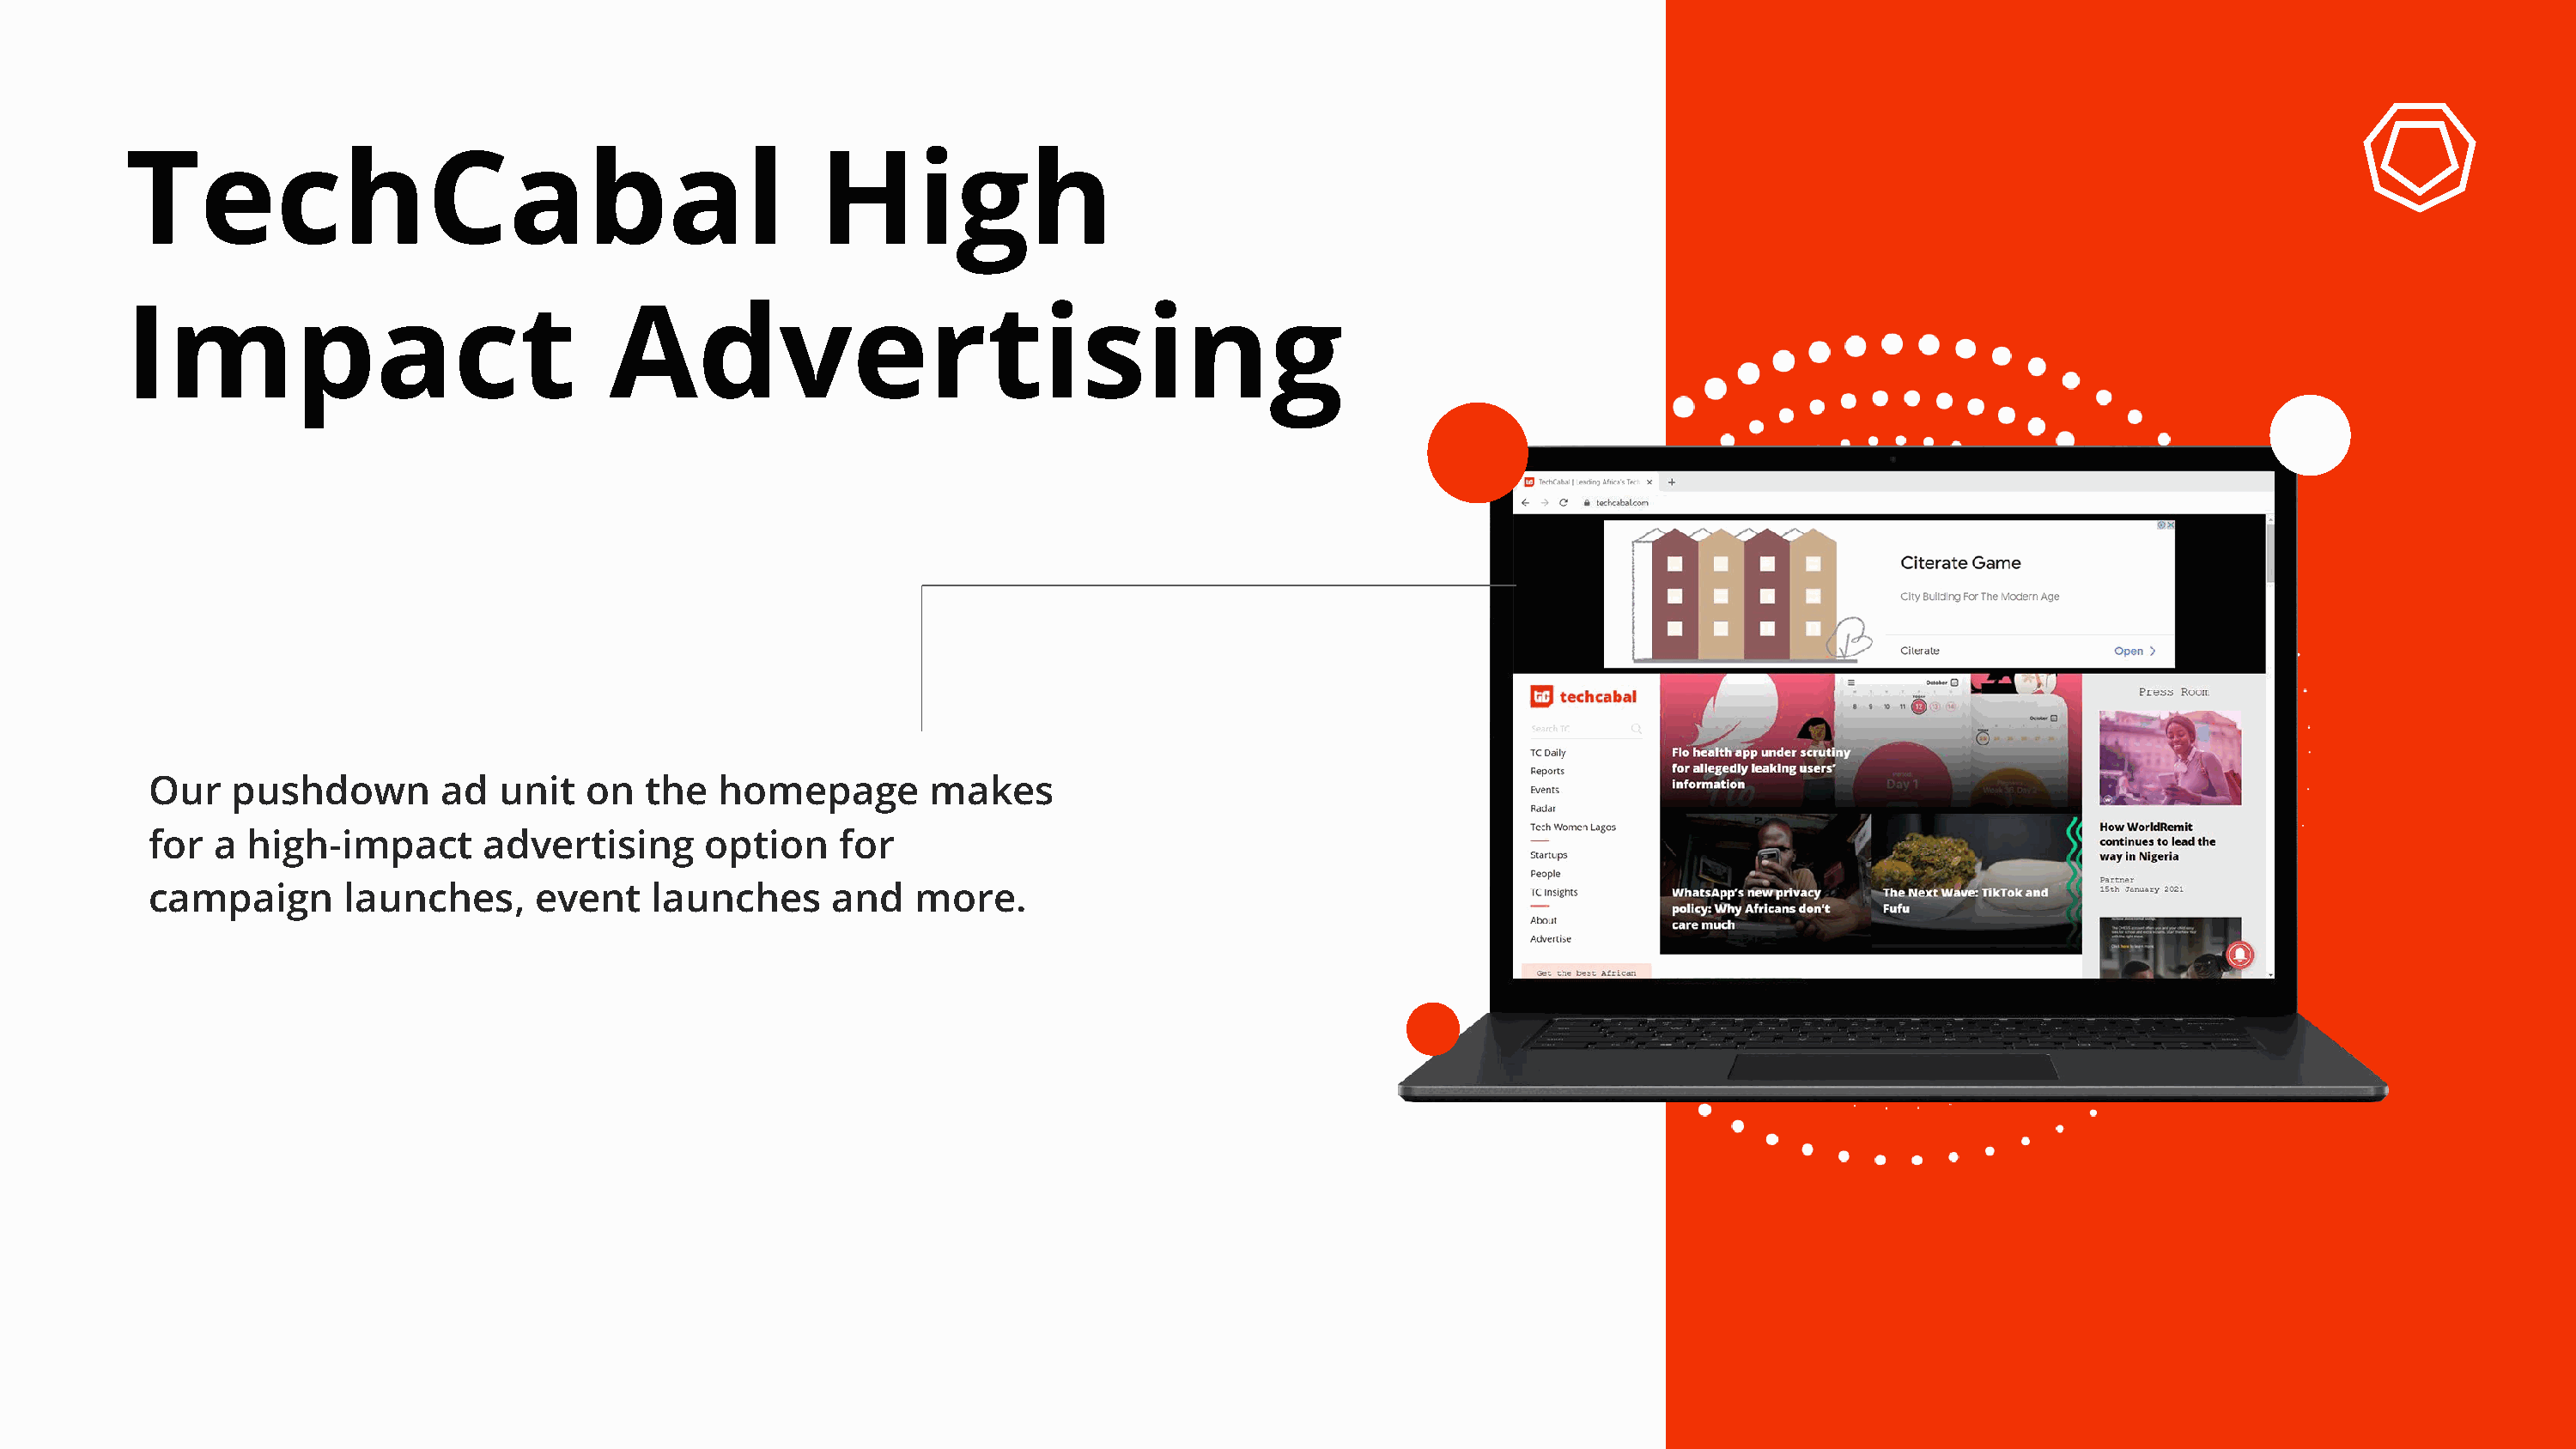
TechCabal                                            High
 Impact                               Advertising
 Our    pushdown        ad  unit   on   the  homepage         makes
 for   a high-impact       advertising      option     for
 campaign        launches,     event    launches      and    more.